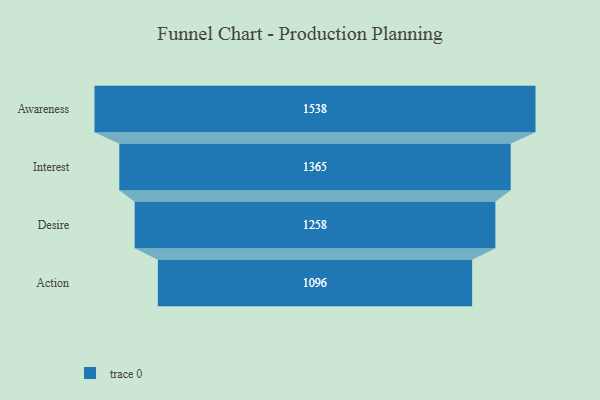
{"axis": {"x": "Stage", "y": "Value"}, "legend": [""], "data": [{"x": "Awareness", "y": 1538.0, "type": ""}, {"x": "Interest", "y": 1365.0, "type": ""}, {"x": "Desire", "y": 1258.0, "type": ""}, {"x": "Action", "y": 1096.0, "type": ""}]}